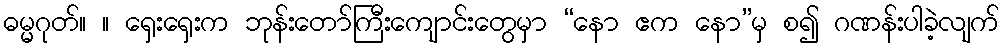
ဓမ္မဂုတ်။ ။ ရှေးရှေးက ဘုန်းတော်ကြီးကျောင်းတွေမှာ “နော ဧက နော”မှ စ၍ ဂဏန်းပါခဲ့လျက်